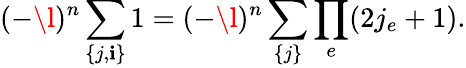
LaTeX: (-\l)^{n}\sum_{\{ j,\mathbf{i}\} }1=(-\l)^{n}\sum_{\{ j\} }\prod_{e}(2j_{e}+1).